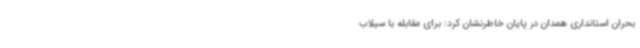
بحران استانداری همدان در پایان خاطرنشان کرد: برای مقابله با سیلاب